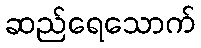
ဆည်ရေသောက်